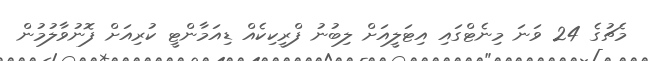
މެޗުގެ 24 ވަނަ މިނެޓްގައި އިޓަލީއަށް ލިބުނު ފްރީކިކެއް ޑިއަމާންޓީ ކުރިއަށް ފޮނުވާލުމުން